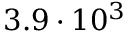
3 . 9 \cdot 1 0 ^ { 3 }